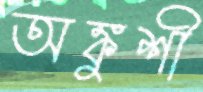
অঙ্কুশী